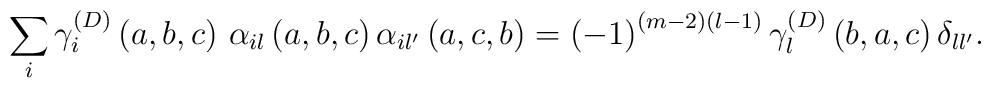
\sum_{i}\gamma _{i}^{\left( D\right) }\left( a,b,c\right) \,\alpha_{il}\left( a,b,c\right) \alpha _{il^{\prime }}\left( a,c,b\right) =\left(-1\right) ^{\left( m-2\right) \left( l-1\right) }\gamma _{l}^{\left(D\right) }\left( b,a,c\right) \delta _{ll^{\prime }}.